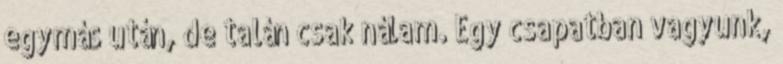
egymás után, de talán csak nálam. Egy csapatban vagyunk,